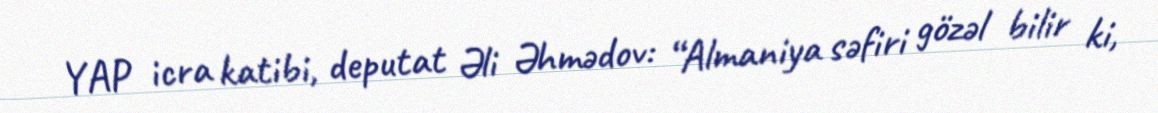
YAP icra katibi, deputat Əli Əhmədov: “Almaniya səfiri gözəl bilir ki,